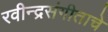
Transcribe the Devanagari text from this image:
रवीन्द्रसंगीताचे